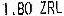
1.80 ZRL